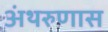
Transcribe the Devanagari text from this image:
अंथरुणास